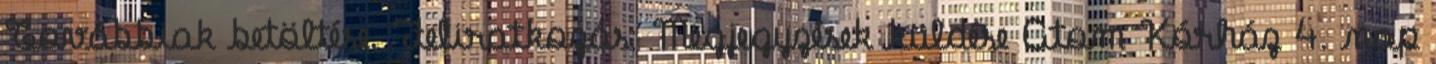
Továbbiak betöltése. Feliratkozás: Megjegyzések küldése Atom Kórház 4. nap